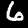
Digit: 6